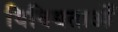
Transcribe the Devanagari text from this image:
विविधताओँ